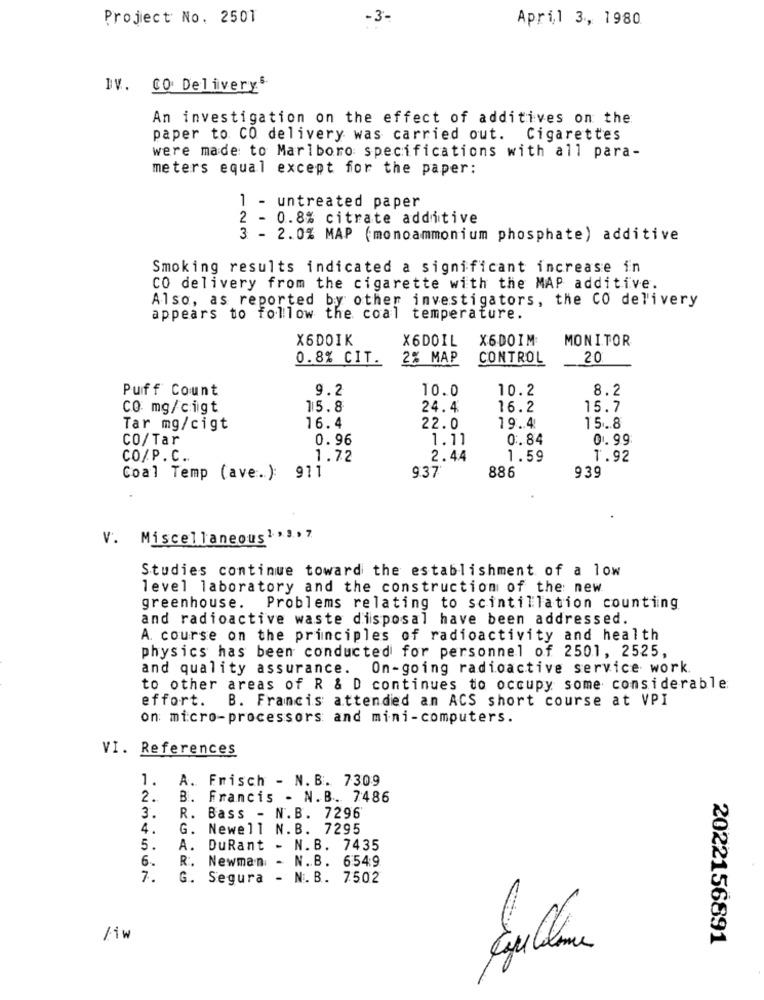
Project No. 2501
-3-
April 3, 1980
IV. CO Delivery
An investigation on the effect of additives on the
paper to CO delivery was carried out. Cigarettes
were made to Marlboro specifications with all para-
meters equal except for the paper:
1 - untreated paper
2 - 0.8% citrate additive
3 - 2.0% MAP (monoammonium phosphate) additive
Smoking results indicated a significant increase in
CO delivery from the cigarette with the MAP additive.
Also, as reported by other investigators, the CO delivery
appears to follow the coal temperature.
X6DOIK
X6DOIL
X6DOIM
MONITOR
0.8% CIT.
2% MAP
CONTROL
20
Puff Count
9.2
10.0
10.2
8.2
CO mg/cigt
15.8
24.4
16.2
15.7
Tar mg/cigt
16.4
22.0
19.4
15.8
CO/Tar
0.96
1.11
0.84
0.99
CO/P.C.
1.72
2.44
1.59
1.92
Coal Temp (ave.):
911
9:37
886
939
V.
Miscellaneous1 , 3 , 7
Studies continue toward the establishment of a low
level laboratory and the construction of the: new
greenhouse.
Problems relating to scintillation counting
and radioactive waste disposal have been addressed.
A. course on the principles of radioactivity and health
physics has been conducted for personnel of 2501, 2525,
and quality assurance. On-going radioactive service work.
to other areas of R & D continues to occupy some considerable
effort. B. Francis attended an ACS short course at VPI
on: micro-processors and mini-computers.
VI. References
1. A. Frisch - N. B. 7309
2.
B. Francis - N.B. 7486
3.
R. Bass - N.B. 7296
4.
G. Newell N.B. 7295
5.
A.
DuRant - N.B. 7435
6.
R.
Newman
N.B. 6549
7.
G. Segura - N.B. 7502
/1w
2022156891